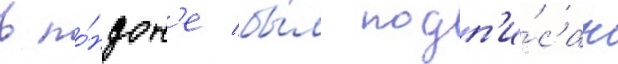
в ло́ндон'е бы́л подп'и́сан